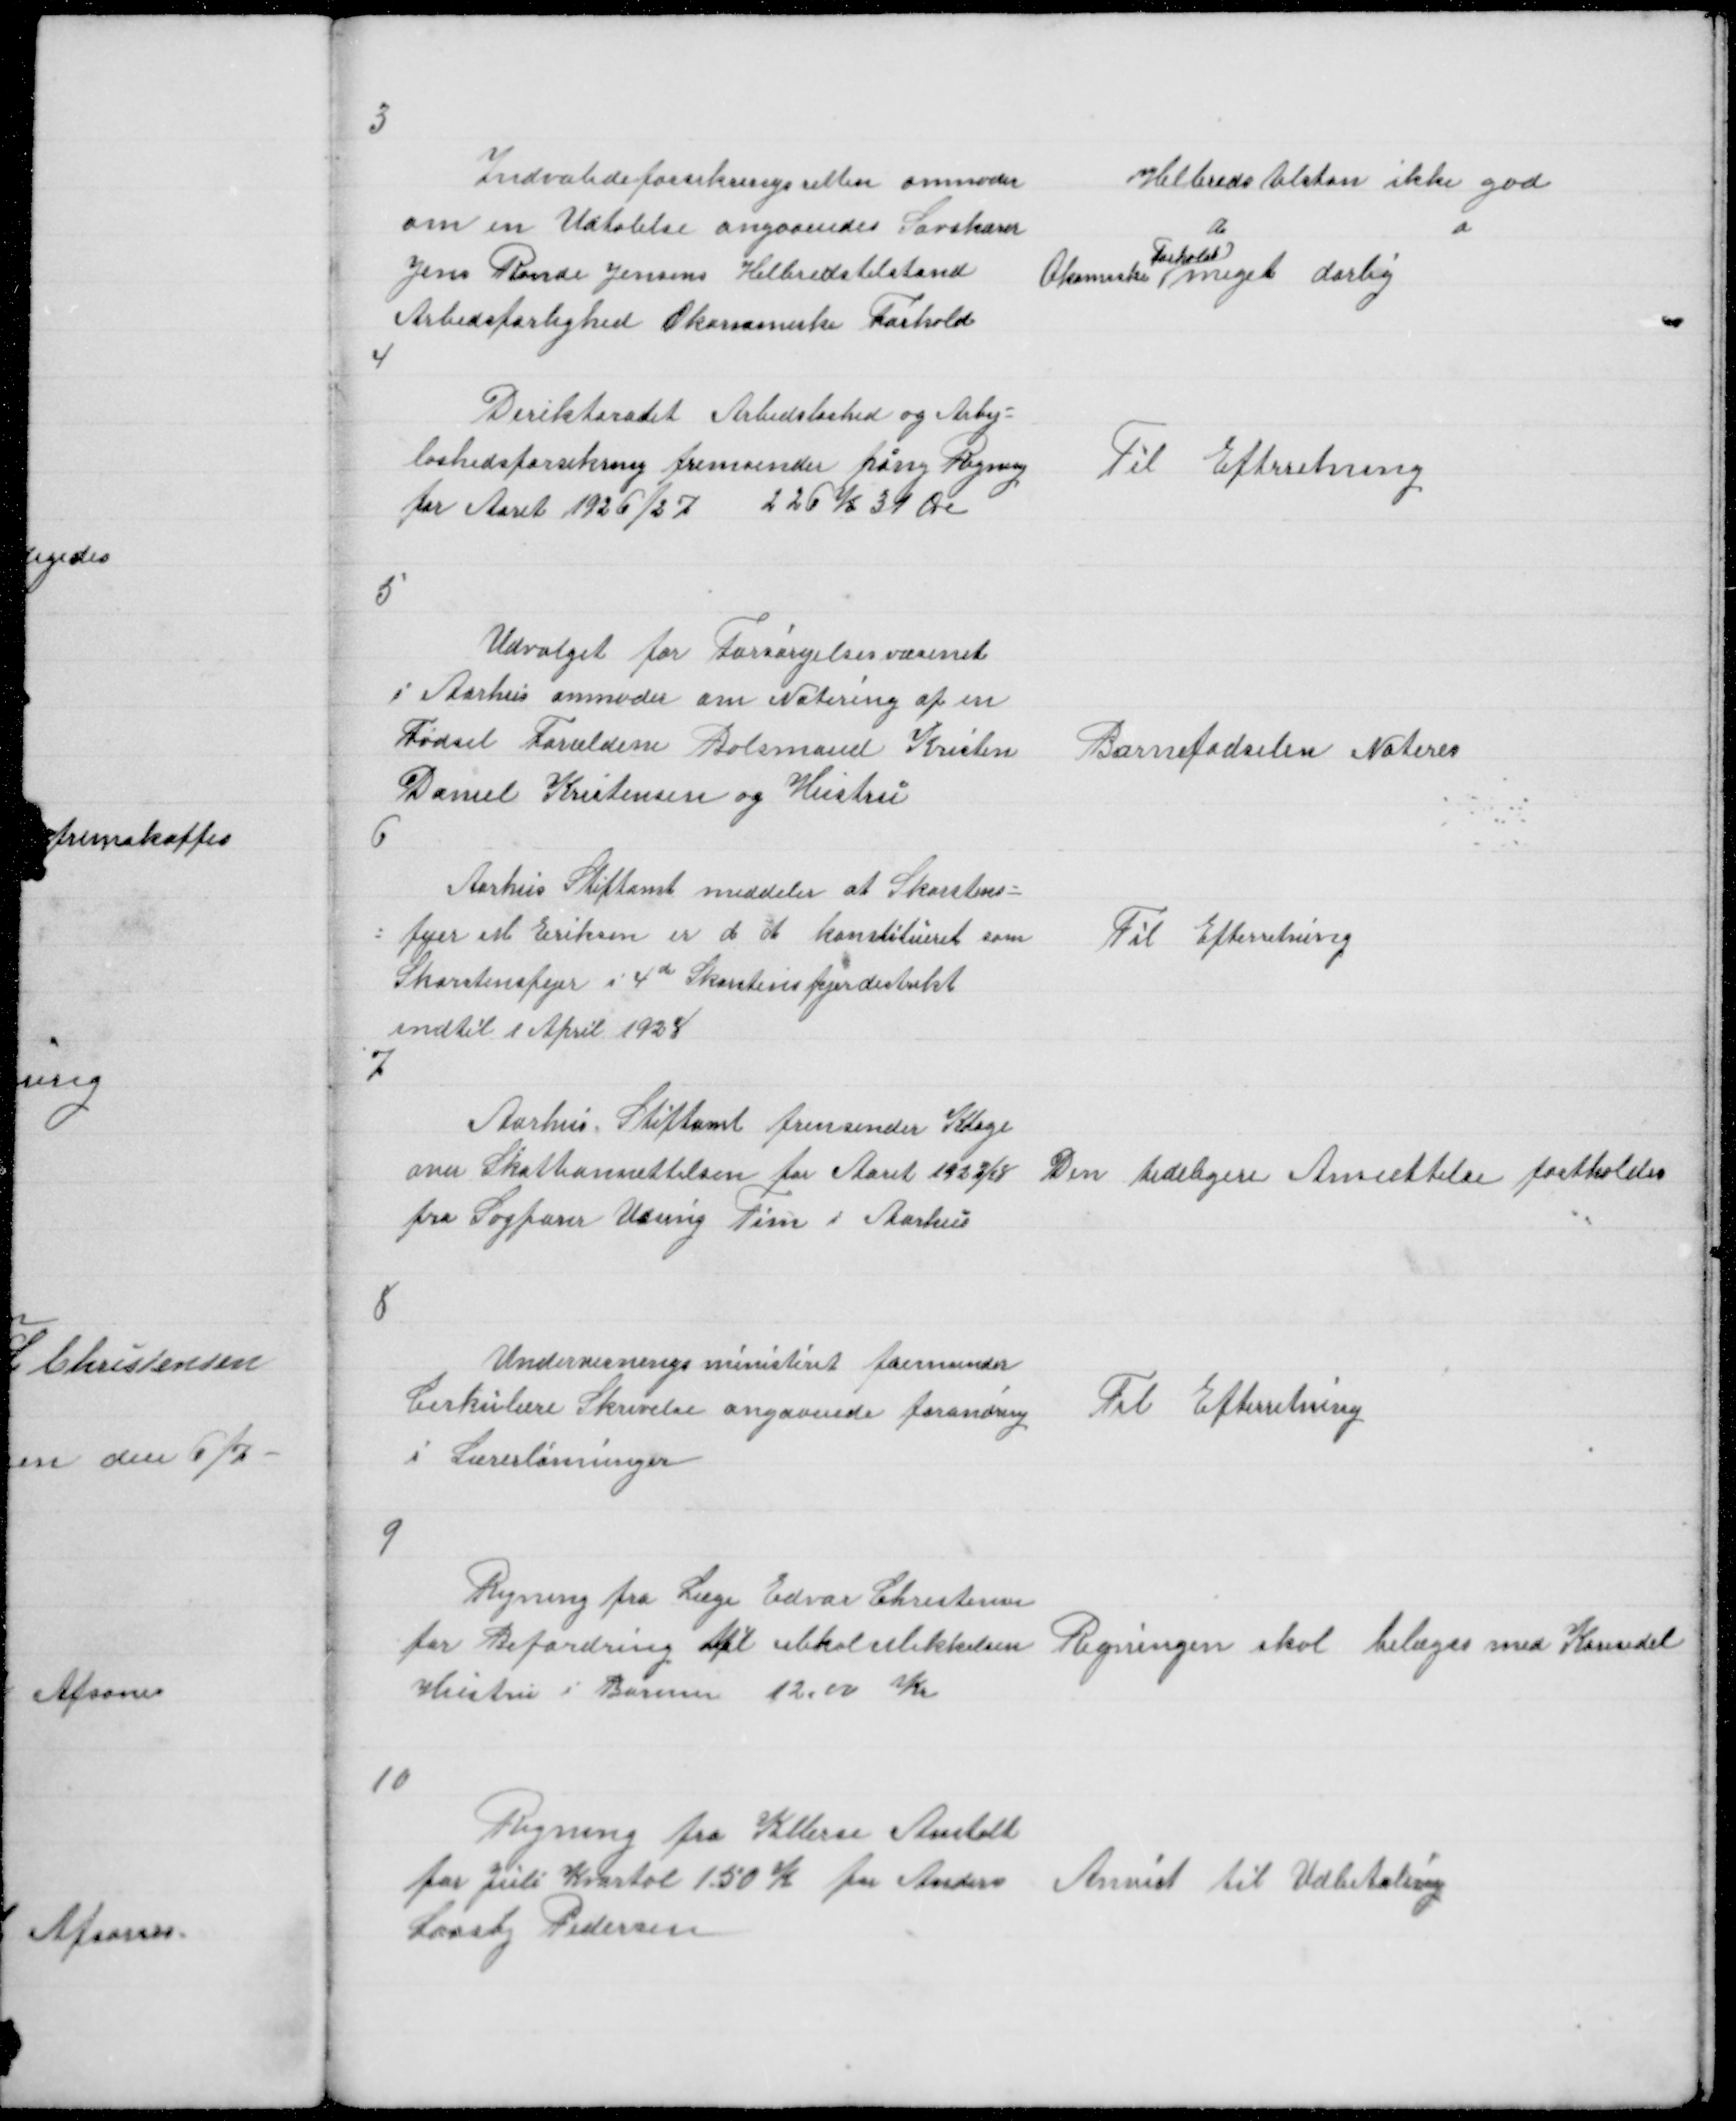
Transskription:
8

9
10

Indvalideforsikringsretten anmoder
Helbreds tlstan ikke god
om en Udtalelse angaaendes Savskærr
Leskold
Jens Rande Jensens Helbredstilstand
Økomiske meget darlig
Arbedsførlighed Økonomiske Forhold
Direktoratet Arbedsløshed og Arbej=
løshedsforsikring fremsender høn Regning
Til Efterretning
for Aaret 1926/27 226 K 39 Øre
5
Udvalget for Forsørgelsesvæsenet
i Aarhus anmoder om Notering af en
Fødsel Forældene Bolsmand Kristen
Barnefødselen Noteres
Daniel Kristensen og Hustru
Aarhus Stiftamt meddeler at Skorstens=
fejer M Eriksen er d A konstilueret som Til Efterretning
Skorstenspejer i 4de Skorstensfjerdistrikt
indtil 1 April 1928
Aarhus Stiftamt fremsender Klage
over Skatteansættelsen for Aaret 1933/4 Den tideligere Ansættelse fastholdes
fra Sagfører Udsing Tim i Aarhus
Undervisningsministeret fremsender
Til Efterretning
Cirkulære Skrivelse angaaende forandring
i Lærerlønninger
Regning fra Læge Edvar Christensen
for Befordring l Mekalselikkelsen Regningen skal bilæges med Køresedel
Hustru i Borum 12,00 Kr
Regning fra Kellerse Anstalt
for Juli Kvartal 150 K for Anders Anvist til Udbetaling
Laasby Pedersen